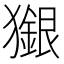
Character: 𤢲